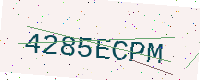
Text: 4285ECPM